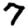
Digit: 7